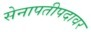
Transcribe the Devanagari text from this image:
सेनापतीपदावर